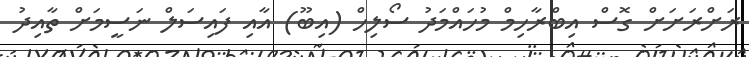
ރަށްރަށަށް ގޮސް އިބްރާހިމް މުހައްމަދު ސޯލިހް (އިބޫ) އާއި ފައިސަލް ނަސީމަށް ތާއިދު